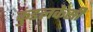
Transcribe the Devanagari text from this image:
कुंडलकेसी